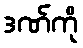
ဒဏ်ကို